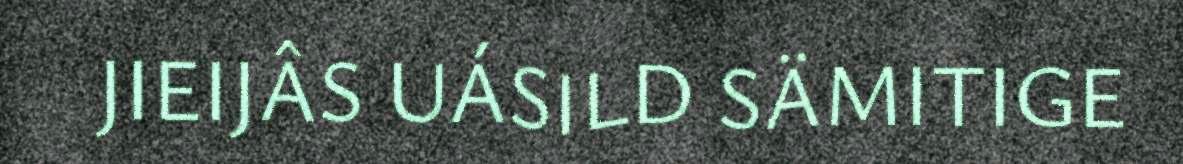
JIEIJÂS UÁSILD SÄMITIGE